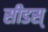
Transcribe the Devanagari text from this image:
सीडस्